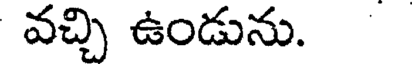
వచ్చి ఉండును.